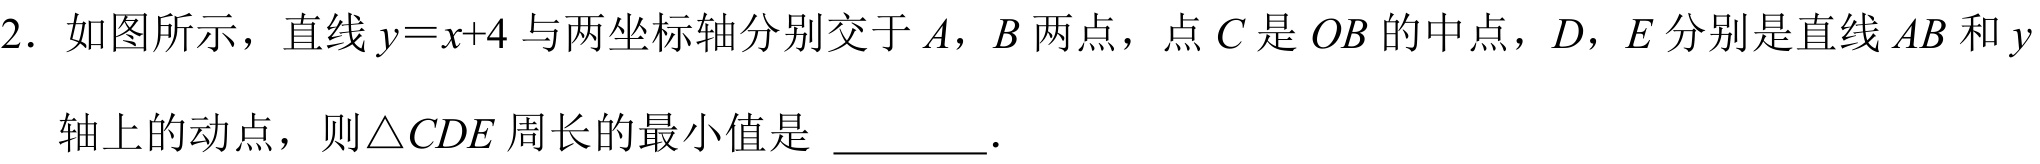
2. 如图所示，直线 \(y = x + 4\) 与两坐标轴分别交于 \(A\)，\(B\) 两点，点 \(C\) 是 \(OB\) 的中点，\(D\)，\(E\) 分别是直线 \(AB\) 和 \(y\)
轴上的动点，则\(\triangle CDE\) 周长的最小值是 \(\underline{\quad\quad}\).